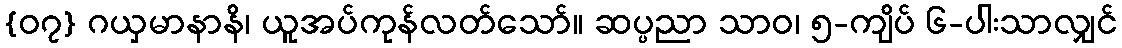
{၀၇} ဂယှမာနာနိ၊ ယူအပ်ကုန်လတ်သော်။ ဆပ္ပညာ သာဝ၊ ၅-ကျိပ် ၆-ပါးသာလျှင်